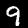
Label: 9